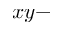
x y -